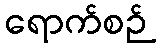
ရောက်စဉ်